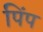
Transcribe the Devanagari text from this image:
पिंप